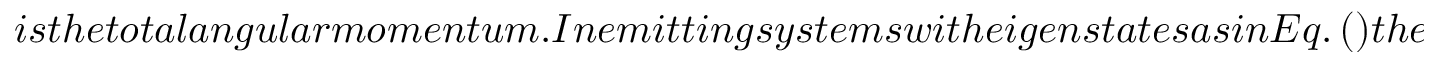
i s t h e t o t a l a n g u l a r m o m e n t u m . I n e m i t t i n g s y s t e m s w i t h e i g e n s t a t e s a s i n E q . \, ( ) t h e o p e r a t o r